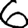
Digit: 6